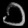
Digit: ၁